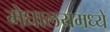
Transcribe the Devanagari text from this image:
मेघालयमध्ये